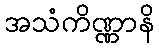
အသံကိဏ္ဏာနိ